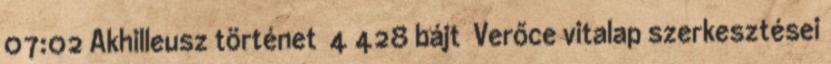
07:02 ‎Akhilleusz történet ‎ 4 428 bájt ‎Verőce vitalap szerkesztései